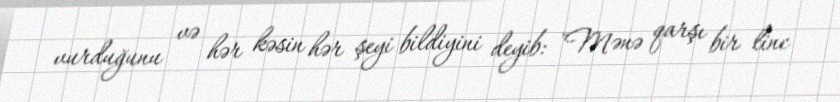
vurduğunu və hər kəsin hər şeyi bildiyini deyib: "Mənə qarşı bir linc